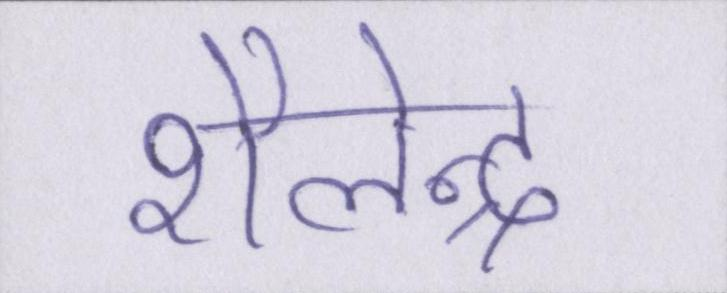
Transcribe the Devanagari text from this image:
शैलेन्द्र